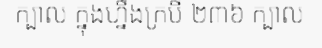
ក្បាល ក្នុងហ្នឹងក្របី ២៣៦ ក្បាល